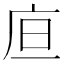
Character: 㡺